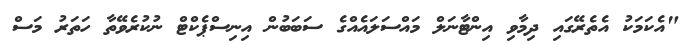
"އެކަމަކު އެތެރޭގައި ދިމާވި އިންޓާނަލް މައްސަލައެއްގެ ސަބަބުން އިނިސްޕެކްޓް ނުކުރެވޭތާ ހަތަރު މަސް